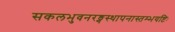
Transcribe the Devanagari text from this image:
सकलभुवनरङ्गस्थापनास्तम्भयष्टिः